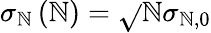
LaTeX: \sigma_{\mathbb{N}}\left(\mathbb{N}\right)=\sqrt{}{{\mathbb{N}}}\sigma_{\mathbb{N},0}